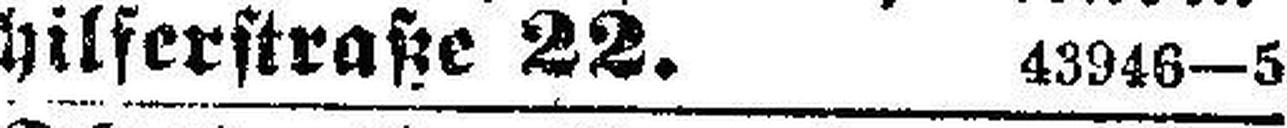
hilferstraße 22. 43946—5